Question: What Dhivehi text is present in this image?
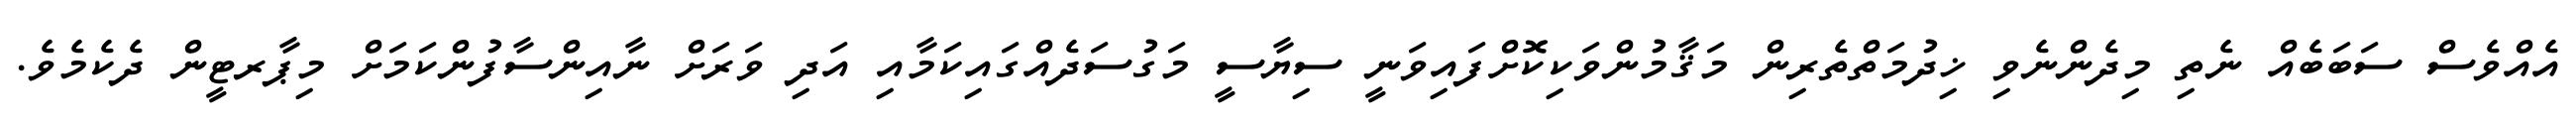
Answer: އެއްވެސް ސަބަބެއް ނެތި މިދެންނެވި ޚިދުމަތްތެރިން މަޤާމުންވަކިކޮށްފައިވަނީ ސިޔާސީ މަގުސަދެއްގައިކަމާއި އަދި ވަރަށް ނާއިންސާފުންކަމަށް މިޕާރޓީން ދެކެމެވެ.